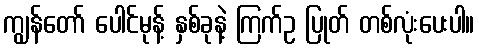
ကျွန်တော် ပေါင်မုန့် နှစ်ခုနဲ့ ကြက်ဥ ပြုတ် တစ်လုံးပေးပါ။